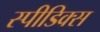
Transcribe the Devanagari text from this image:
स्पीडिक्स